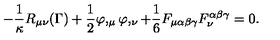
- \frac { 1 } { \kappa } R _ { \mu \nu } ( \Gamma ) + \frac { 1 } { 2 } \varphi , _ { \mu } \varphi , _ { \nu } + \frac { 1 } { 6 } F _ { \mu \alpha \beta \gamma } F _ { \nu } ^ { \alpha \beta \gamma } = 0 .